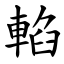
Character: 輡